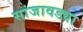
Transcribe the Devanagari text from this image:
सांजावड्या